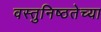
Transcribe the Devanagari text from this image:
वस्तुनिष्ठतेच्या